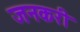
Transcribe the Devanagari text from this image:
जनकरी